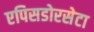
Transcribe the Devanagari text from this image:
एपिसडोरसेटा